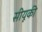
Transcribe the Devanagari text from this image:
सीयूकी